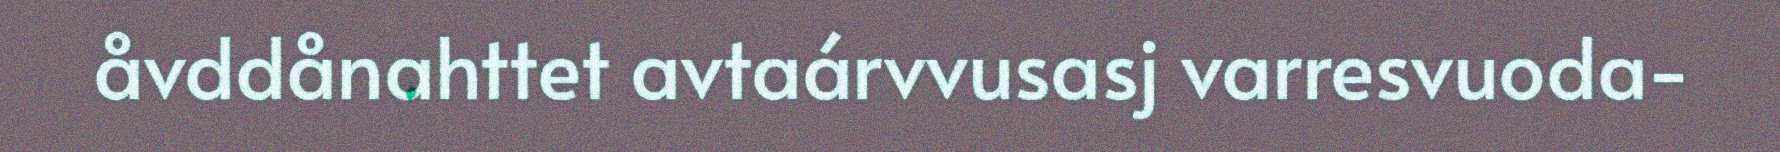
åvddånahttet avtaárvvusasj varresvuoda-